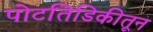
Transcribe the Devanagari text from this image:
पोटतिडिकीतून